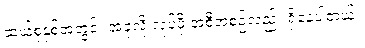
ဆယ်စုနှစ်အတွင်း အခုလို လုပ်ဖို့ အစီအစဉ်လည်း ရှိနေပါတယ်။